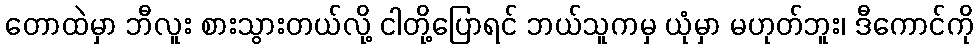
တောထဲမှာ ဘီလူး စားသွားတယ်လို့ ငါတို့ပြောရင် ဘယ်သူကမှ ယုံမှာ မဟုတ်ဘူး၊ ဒီကောင်ကို